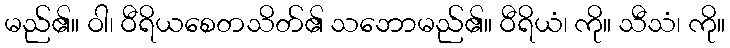
မည်၏။ ဝါ၊ ဝီရိယစေတသိတ်၏ သဘောမည်၏။ ဝီရိယံ၊ ကို။ သီသံ၊ ကို။